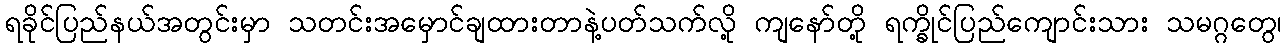
ရခိုင်ပြည်နယ်အတွင်းမှာ သတင်းအမှောင်ချထားတာနဲ့ပတ်သက်လို့ ကျနော်တို့ ရက္ခိုင်ပြည်ကျောင်းသား သမဂ္ဂတွေ၊